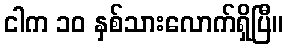
ငါက ၁၀ နှစ်သားလောက်ရှိပြီ။